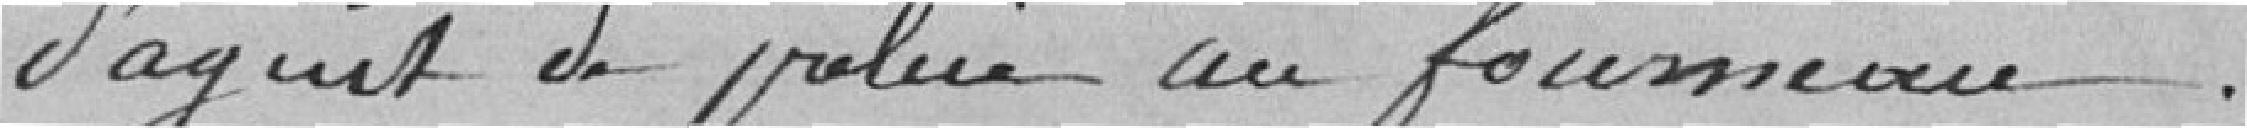
D'agent de police au